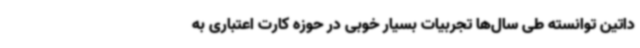
داتین توانسته طی سال‌ها تجربیات بسیار خوبی در حوزه کارت اعتباری به